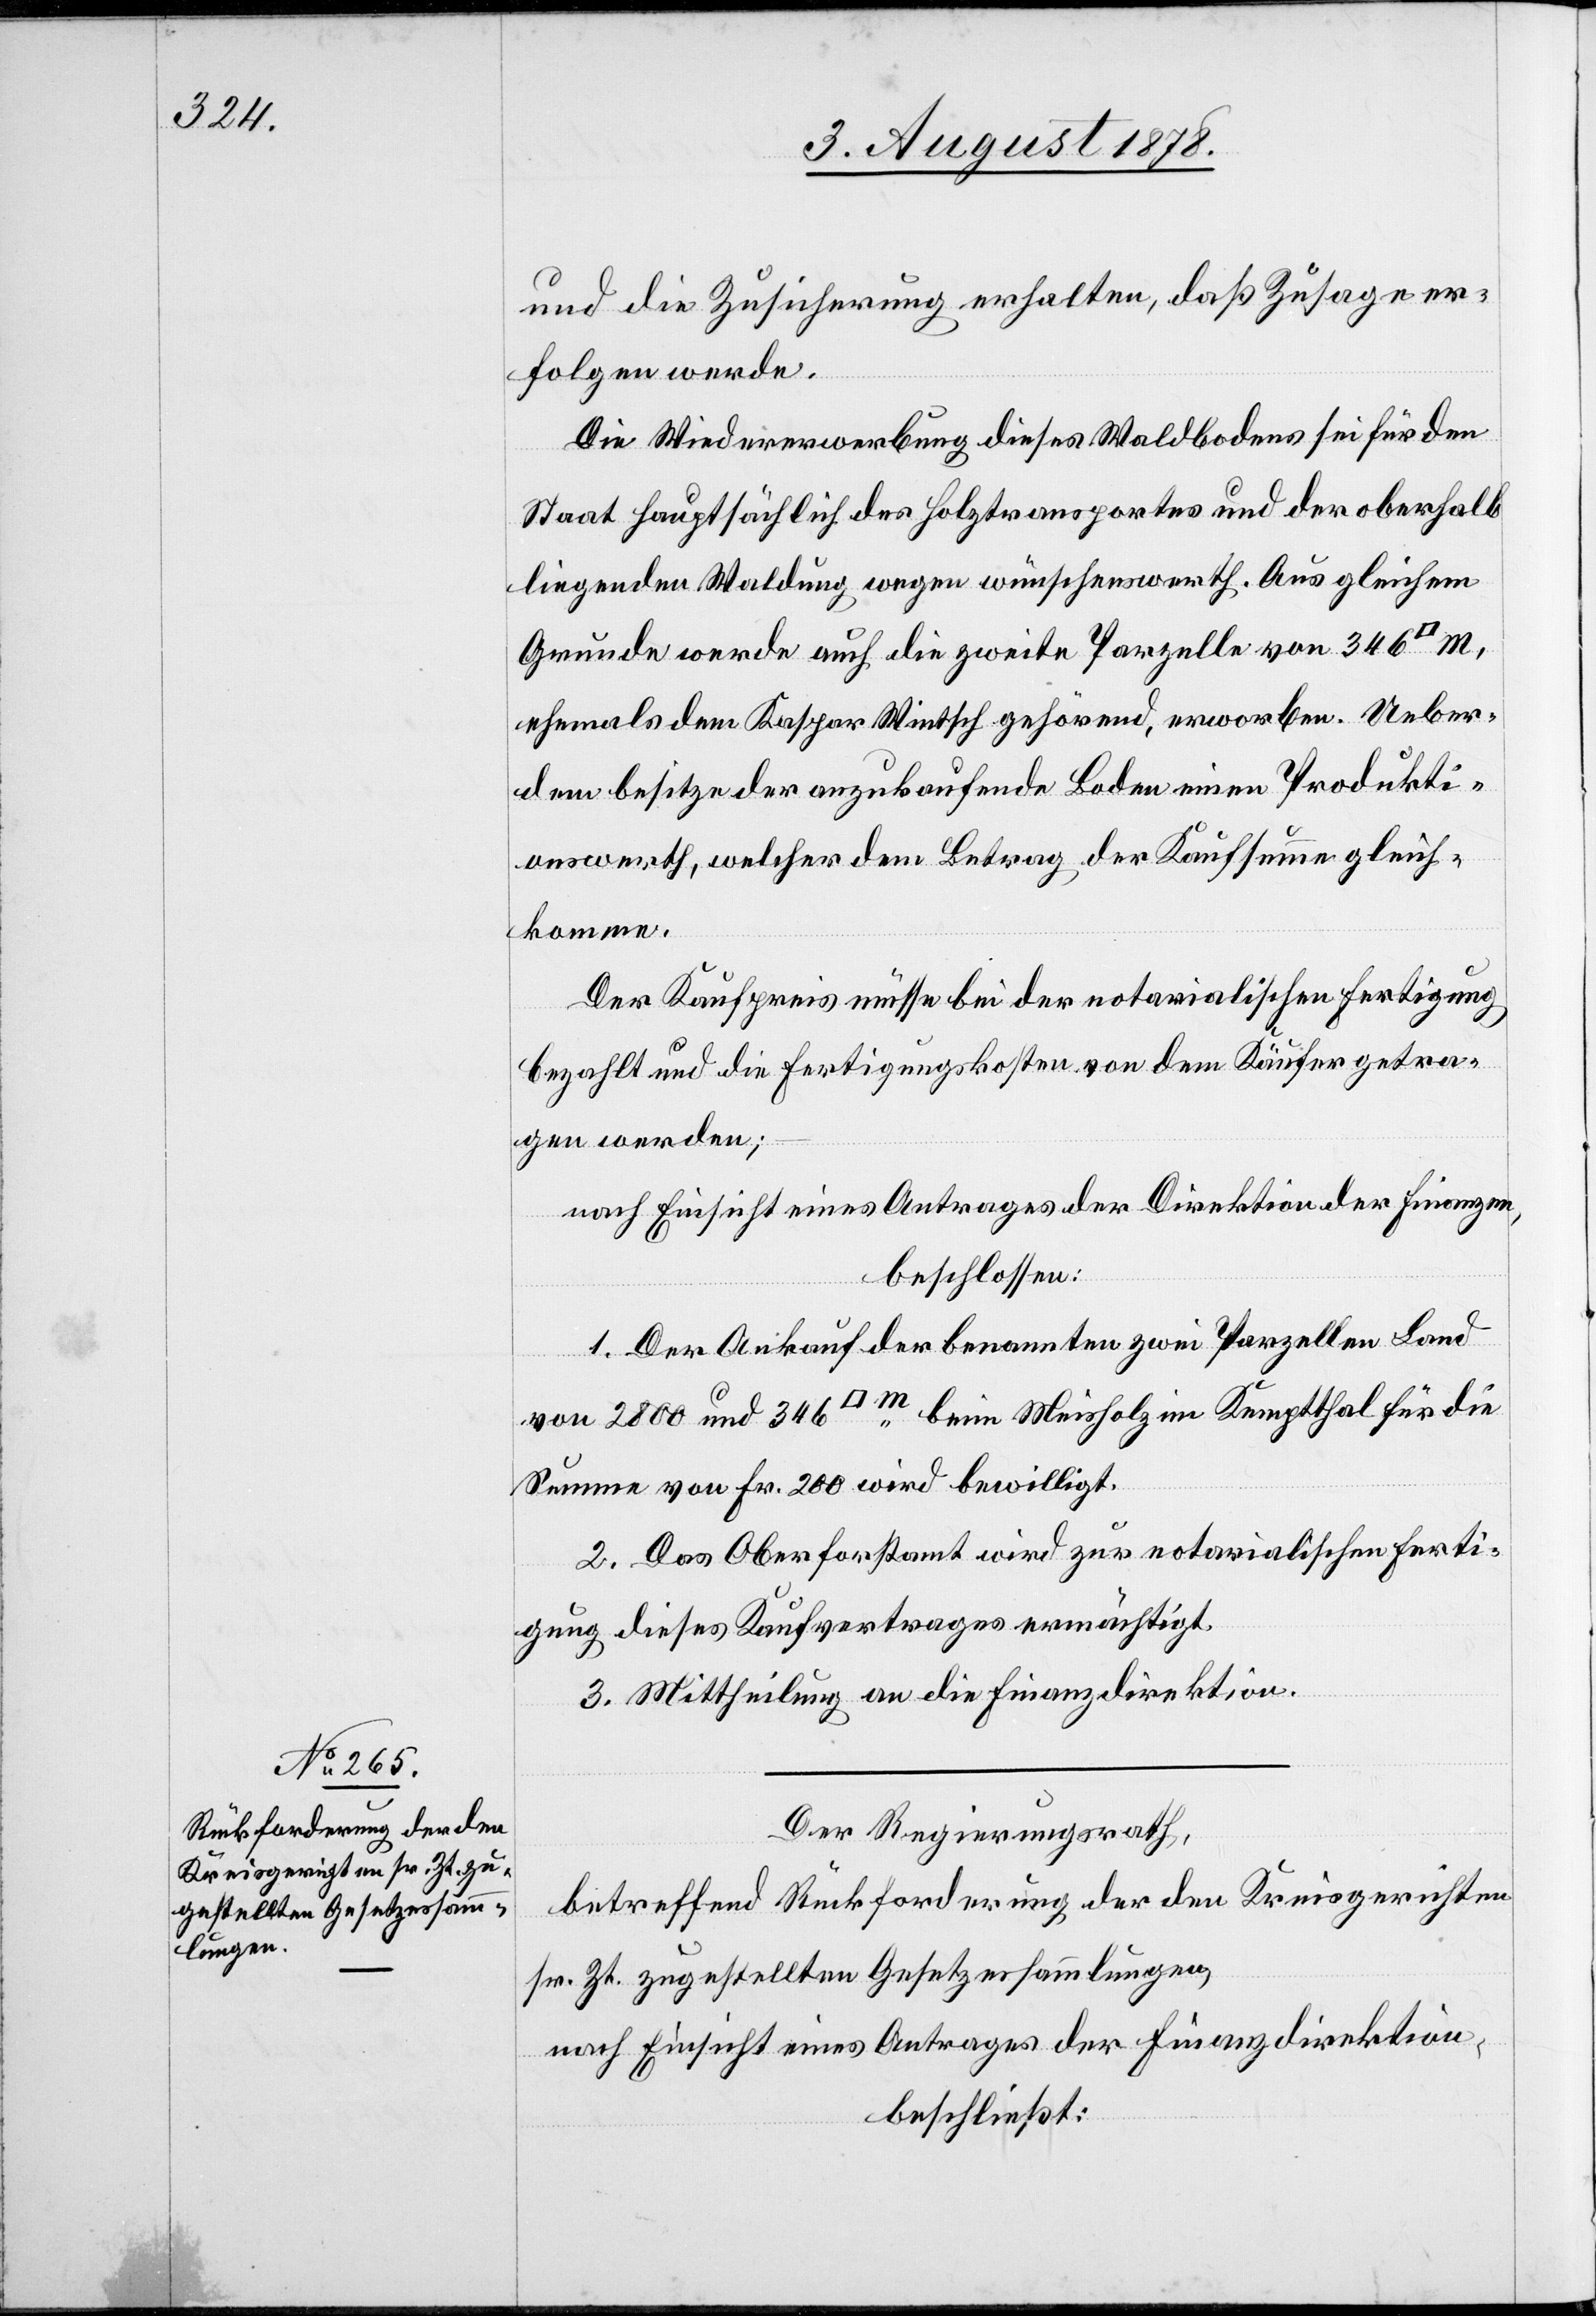
und die Zusicherung erhalten, daß Zusage er¬
folgen werde.
Die Wiedererwerbung dieses Waldbodens sei für den
Staat hauptsächlich des Holztransportes und der oberhalb
liegenden Waldung wegen wünschenswerth. Aus gleichem
Grunde werde auch die zweite Parzelle von 346
ehemals dem Kaspar Wintsch gehörend, erworben. Ueber¬
dem besitze der anzukaufende Boden einen Produkti¬
onswerth, welcher dem Betrag der Kaufsumme gleich¬
komme.
Der Kaufpreis müsse bei der notarialischen Fertigung
bezahlt und die Fertigungskosten von dem Käufer getra¬
gen werden;
nach Einsicht eines Antrages der Direktion der Finanzen,
beschlossen:
1. Der Ankauf der benannten zwei Parzellen Land
von 2800 und 346 [Quadratmeter] beim Meisholz im Kemptthal für die
Summe von Fr. 200 wird bewilligt.
2. Das Oberforstamt wird zur notarialischen Ferti¬
gung dieses Kaufvertrages ermächtigt.
3. Mittheilung an die Finanzdirektion.
Der Regierungsrath,
betreffend Rückforderung der den Kreisgerichten
sr. Zt. zugestellten Gesetzessammlungen,
nach Einsicht eines Antrages der Finanzdirektion,
beschließt: